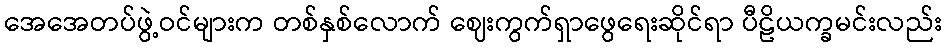
အေအေတပ်ဖွဲ့ဝင်များက တစ်နှစ်လောက် ဈေးကွက်ရှာဖွေရေးဆိုင်ရာ ပီဠိယက္ခမင်းလည်း